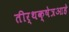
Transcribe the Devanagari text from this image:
तीर्थक्षेत्रआहे